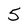
Character: 5